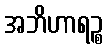
အဘိဟာရဉ္စ